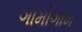
ગામોગામ